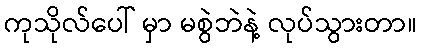
ကုသိုလ်ပေါ် မှာ မစွဲဘဲနဲ့ လုပ်သွားတာ။